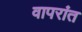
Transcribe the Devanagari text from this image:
वापरांत